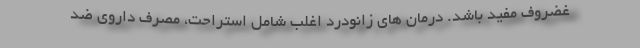
غضروف مفید باشد. درمان های زانودرد اغلب شامل استراحت، مصرف داروی ضد